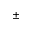
\pm